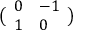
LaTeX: { \bigl ( } { \begin{array} { l l } { 0 } & { - 1 } \\ { 1 } & { 0 } \end{array} } { \bigr ) }